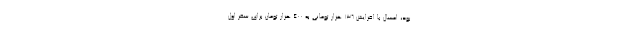
بود، امسال با افزایش ۱۳۶ هزار تومانی به ۴۰۰ هزار تومان برای سفر اول